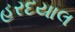
હરદયાલ